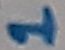
Text: 1